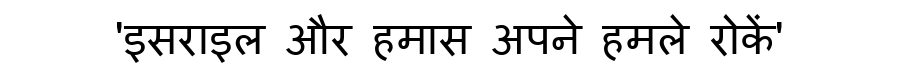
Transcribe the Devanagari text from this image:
'इसराइल और हमास अपने हमले रोकें'